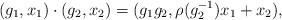
LaTeX: \begin{align*}(g_1,x_1)\cdot(g_2,x_2)=(g_1g_2,\rho(g_2^{-1})x_1+x_2),\end{align*}